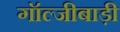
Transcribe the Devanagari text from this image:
गॉल्जीबाड़ी